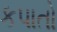
કપાતો